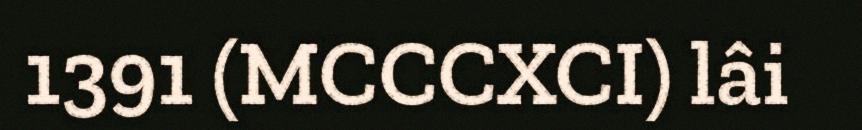
1391 (MCCCXCI) lâi